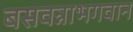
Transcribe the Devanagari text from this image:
बसवन्नाभगवान